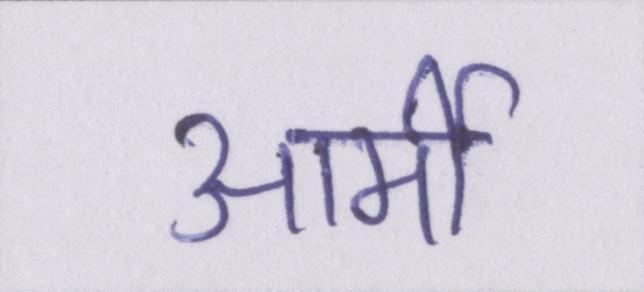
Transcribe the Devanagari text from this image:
आर्मी